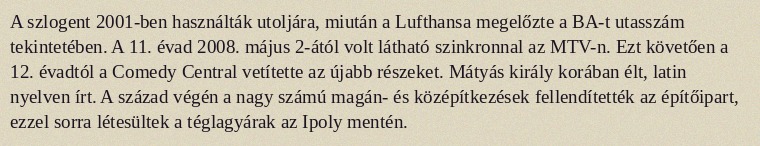
A szlogent 2001-ben használták utoljára, miután a Lufthansa megelőzte a BA-t utasszám tekintetében. A 11. évad 2008. május 2-ától volt látható szinkronnal az MTV-n. Ezt követően a 12. évadtól a Comedy Central vetítette az újabb részeket. Mátyás király korában élt, latin nyelven írt. A század végén a nagy számú magán- és középítkezések fellendítették az építőipart, ezzel sorra létesültek a téglagyárak az Ipoly mentén.